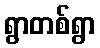
ရွာတစ်ရွာ